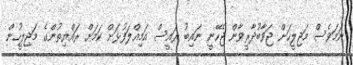
ނަމަވެސް މަޖިލީހަށް ޖަވާބުދާރީވާން ޖެހޭނީ ނައިބު ރައީސް އަމިއްލަފުޅަށް ކަމަށް ރައްޔިތުންގެ މަޖިލީހުން